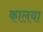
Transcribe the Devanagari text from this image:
कालया